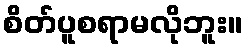
စိတ်ပူစရာမလိုဘူး။